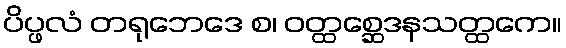
ပိပ္ဖလံ တရုဘေဒေ စ၊ ဝတ္ထစ္ဆေဒနသတ္ထကေ။